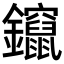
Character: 鑹